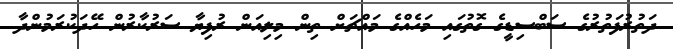
ދަތުރުފަތުރުގެ ސަބްސިޑީގެ ގޮތުގައި މަހެއްގެ މައްޗަށް ތިން މިލިއަން ރުފިޔާ ސަރުކާރުން ހޭދަކުރަމުންދާ